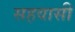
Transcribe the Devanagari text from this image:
सहवासी